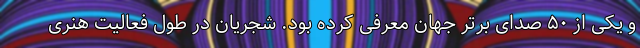
و یکی از ۵۰ صدای برتر جهان معرفی کرده‌ بود. شجریان در طول فعالیت هنری